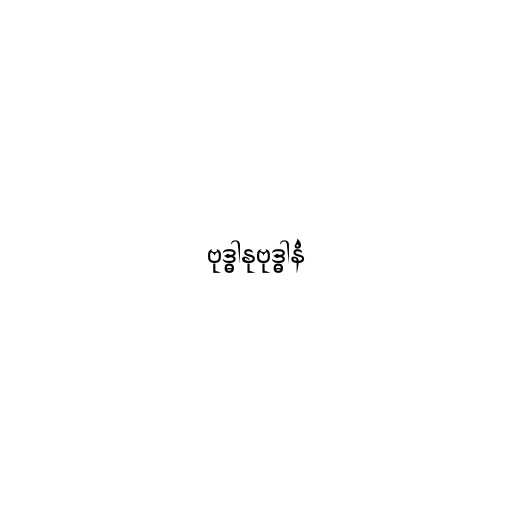
ဗုဒ္ဓါနုဗုဒ္ဓါနံ